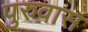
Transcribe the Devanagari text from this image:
पुरुवास